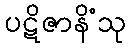
ပဋိဇာနိံသု